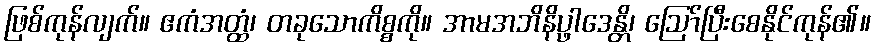
ဖြစ်ကုန်လျက်။ ဧကံအတ္ထံ၊ တခုသောကိစ္စကို။ အာမအဘိနိပ္ဖာဒေန္တိ၊ ဩော်ပြီးစေနိုင်ကုန်၏။